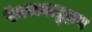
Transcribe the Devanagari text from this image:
ऍक्सक्लूझ़न